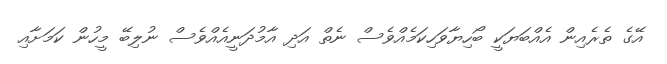
އޭގެ ތެެރެއިން އެއްބަޔަކީ ބޯހިޔާވަހިކަމެއްވެސް ނެތް އަދި އާމުދަނީއެއްވެސް ނުލިބޭ މީހުން ކަމަށާއި